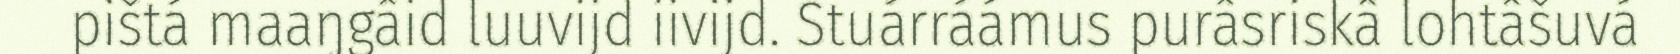
pištá maaŋgâid luuvijd iivijd. Stuárráámus purâsriskâ lohtâšuvá